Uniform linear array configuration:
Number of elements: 32
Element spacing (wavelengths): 1
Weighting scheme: hann
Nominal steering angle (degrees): -60
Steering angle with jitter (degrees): -59.844
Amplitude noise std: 0.05
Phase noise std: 0.05

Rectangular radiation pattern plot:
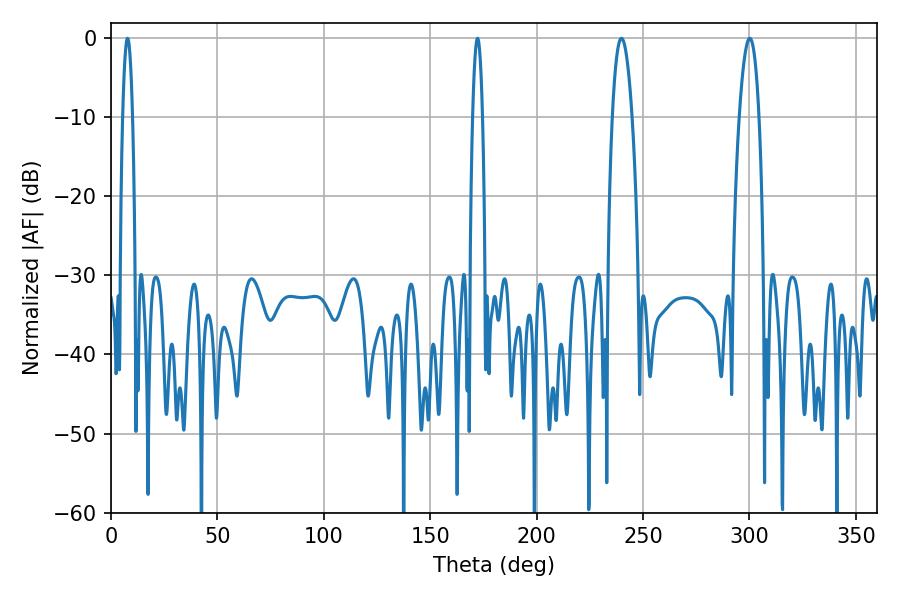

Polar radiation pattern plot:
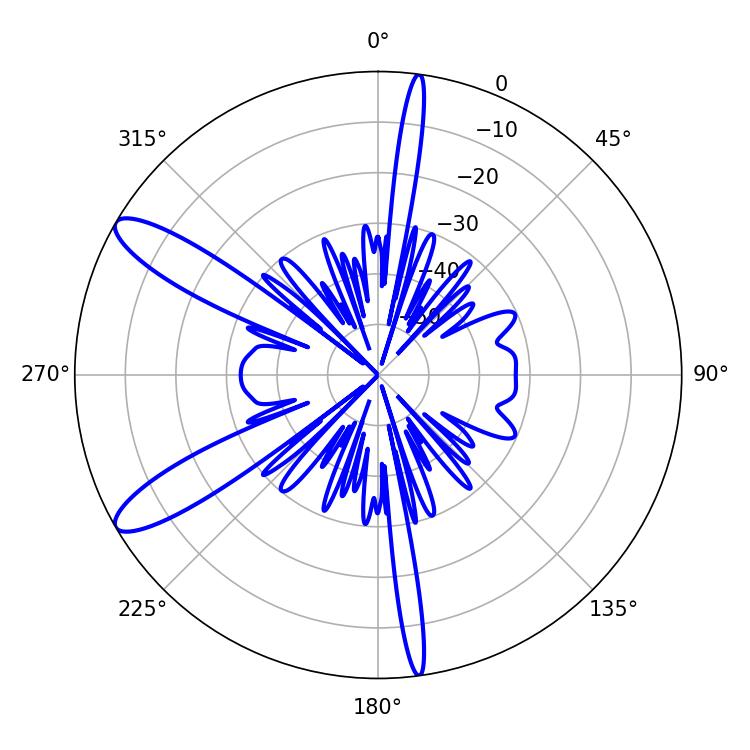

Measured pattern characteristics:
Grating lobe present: TRUE
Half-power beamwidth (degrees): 2.52
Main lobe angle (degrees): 172.26